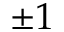
\pm 1